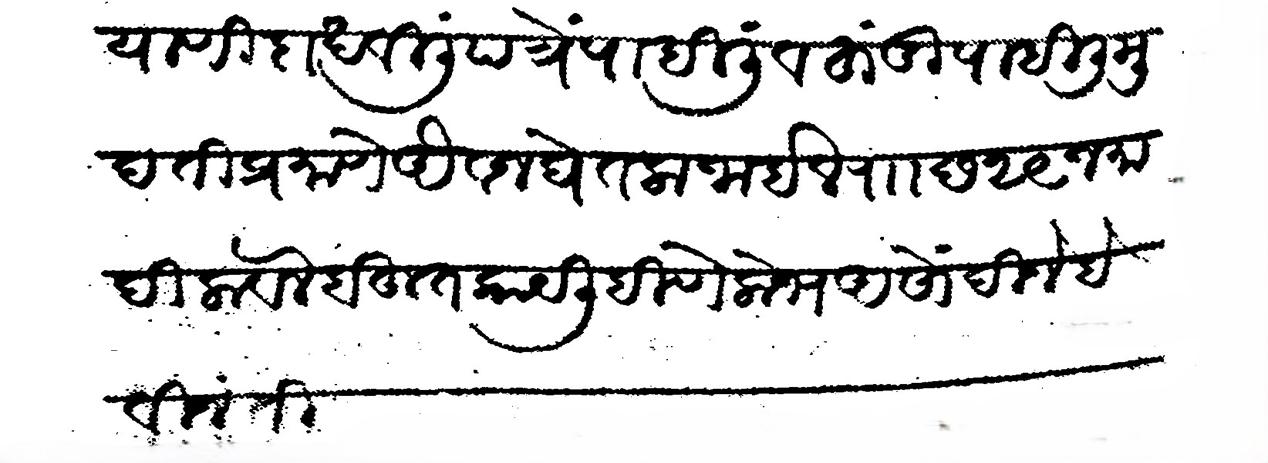
Transliteration (Devanagari): याणी दाखविली पत्रे पाहिली व हुंडी पाहिली मुदती प्रमाणे औवज घेतला जाईल र छ२९ जमादिलावल बहुत काय लिहिणे लोभ असों दिजे हे विनंती